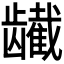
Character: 𬺕